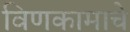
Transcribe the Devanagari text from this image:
विणकामाचे